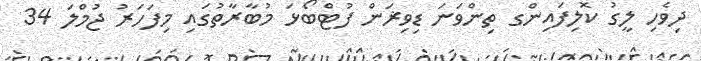
ދިވެހި ލީގު ކޮލިފައިންގ ތިންވަނަ ޑިވިޜަން ފުޓްބޯޅަ މުބާރާތުގައި މިފަހަރު ޖުމްލަ 34